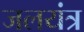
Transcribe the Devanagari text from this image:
जलयंत्र